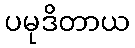
ပမုဒိတာယ